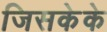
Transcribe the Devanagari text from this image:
जिसकेके